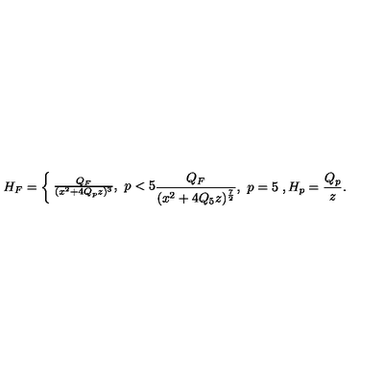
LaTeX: H _ { F } = \left\{ \begin{matrix} { { \frac { Q _ { F } } { ( x ^ { 2 } + 4 Q _ { p } z ) ^ { 3 } } } , \ p < 5 } \\ { { \frac { Q _ { F } } { ( x ^ { 2 } + 4 Q _ { 5 } z ) ^ { \frac { 7 } { 2 } } } } , \ p = 5 } \\ \end{matrix} \right. , H _ { p } = { \frac { Q _ { p } } { z } } .